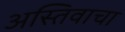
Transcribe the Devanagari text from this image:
अस्तिवाचा